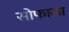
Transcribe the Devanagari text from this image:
सोफाला